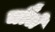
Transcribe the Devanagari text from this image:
चौले